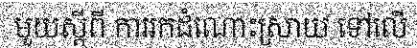
មួយស្តីពី ការរកដំណោះស្រាយ ទៅលើ